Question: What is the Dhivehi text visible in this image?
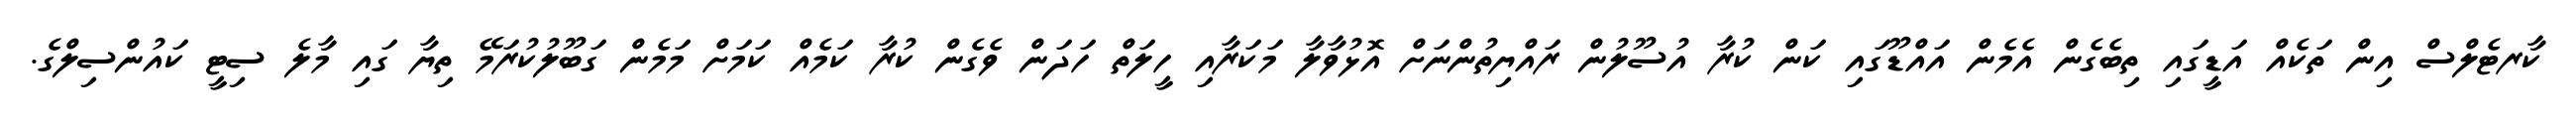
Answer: ކާރޓެލްސް އިން ތަކެއް އަޑީގައި ތިބެގެން އެމެން އައްޑޫގައި ކަން ކުރާ އުސޫލުން ރައްޔިތުންނަށް އޮޅުވާލާ މަކަރާއި ހީލަތް ހަދަން ވެގެން ކުރާ ކަމެއް ކަމަށް މަމެން ގަބޫލުކުރަމޭ ތިޔާ ގައި މާލެ ސިޓީ ކައުންސިލްގެ.